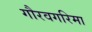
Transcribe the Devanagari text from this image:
गौरवगरिमा